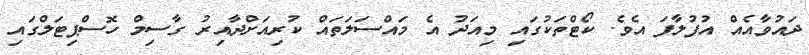
ދައުވާއެއް އުފުލާފަ އެވެ. ކޯޓްތަކުގައި މިއަދު އެ މައްސަލަތައް ކުރިއަށްދާއިރު ގާސިމް ހޮސްޕިޓަލްގައި